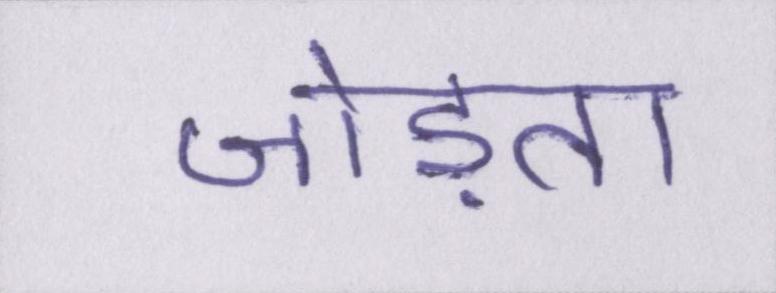
जोड़ता